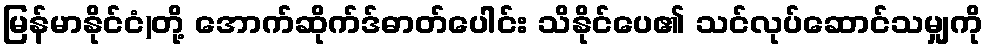
မြန်မာနိုင်ငံ)တို့ အောက်ဆိုက်ဒ်ဓာတ်ပေါင်း သိနိုင်ပေ၏ သင်လုပ်ဆောင်သမျှကို